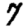
Digit: 7